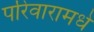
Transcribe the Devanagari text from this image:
परिवारामधे